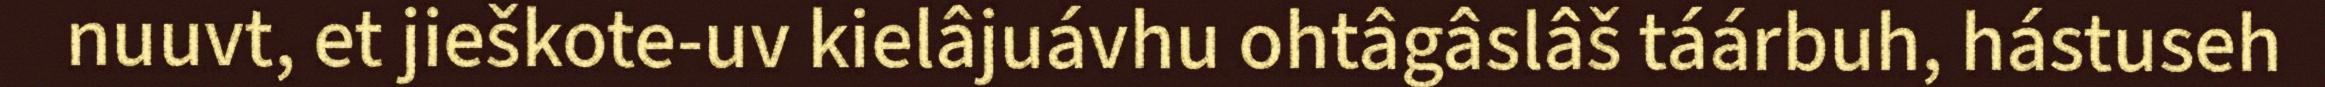
nuuvt, et jieškote-uv kielâjuávhu ohtâgâslâš táárbuh, hástuseh